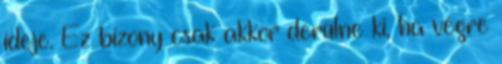
ideje. Ez bizony csak akkor derülne ki, ha végre